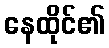
နေထိုင်၏